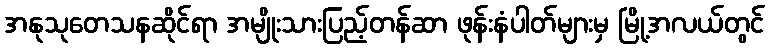
အနုသုတေသနဆိုင်ရာ အမျိုးသားပြည့်တန်ဆာ ဖုန်းနံပါတ်များမှ မြို့အလယ်တွင်